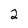
Character: 2